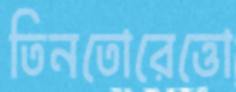
তিনতোরেত্তো